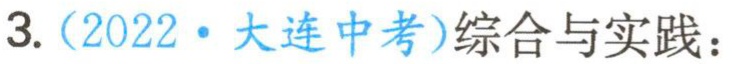
3.（2022·大连中考）综合与实践：